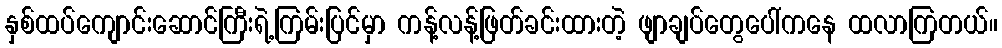
နှစ်ထပ်ကျောင်းဆောင်ကြီးရဲ့ကြမ်းပြင်မှာ ကန့်လန့်ဖြတ်ခင်းထားတဲ့ ဖျာချပ်တွေပေါ်ကနေ ထလာကြတယ်။